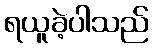
ရယူခဲ့ပါသည်